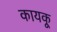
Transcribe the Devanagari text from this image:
कायकू